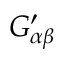
G _ { \alpha \beta } ^ { \prime }